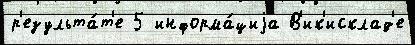
р'езульта́т'е 5 информа́циjа В'ик'исклад'е